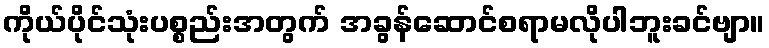
ကိုယ်ပိုင်သုံးပစ္စည်းအတွက် အခွန်ဆောင်စရာမလိုပါဘူးခင်ဗျာ။